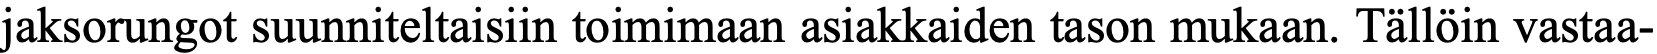
jaksorungot suunniteltaisiin toimimaan asiakkaiden tason mukaan. Tällöin vastaa-